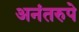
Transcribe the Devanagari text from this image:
अनंतरुपे